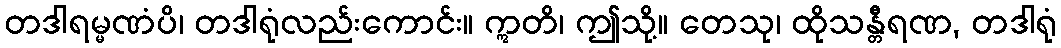
တဒါရမ္မဏံပိ၊ တဒါရုံလည်းကောင်း။ ဣတိ၊ ဤသို့။ တေသု၊ ထိုသန္တီရဏ, တဒါရုံ